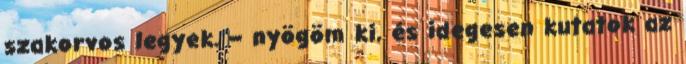
szakorvos legyek. – nyögöm ki, és idegesen kutatok az